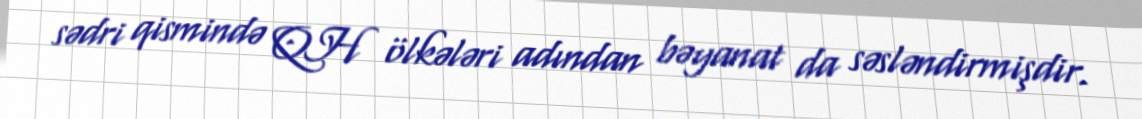
sədri qismində QH ölkələri adından bəyanat da səsləndirmişdir.